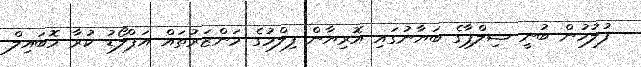
ފުލުހުން ބުނީ ޝިލްޕާގެ ބަޔާނުގައި އޮރިޔާން ފިލްމުގެ މަންޒަރުތައް އަޕްލޯޑު ކުރާ މޮބައިލް